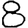
Digit: 8